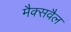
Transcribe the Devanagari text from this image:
मैक्सवैल